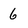
Character: 6